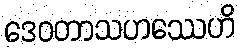
ဒေဝတာသဟဿေဟိ